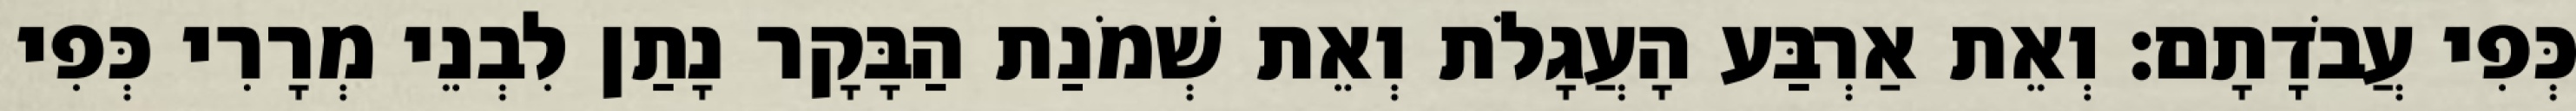
כְּפִי עֲבֹדָתָם׃ וְאֵת אַרְבַּע הָעֲגָלֹת וְאֵת שְׁמֹנַת הַבָּקָר נָתַן לִבְנֵי מְרָרִי כְּפִי